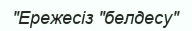
"Ережесіз "белдесу"